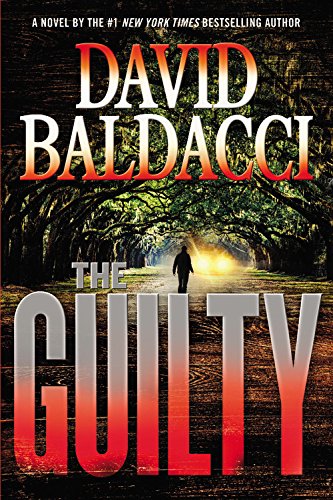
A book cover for The Guilty (Will Robie); David Baldacci; Mystery, Thriller & Suspense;